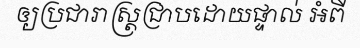
ឲ្យប្រជារាស្ត្រជ្រាបដោយផ្ទាល់ អំពី